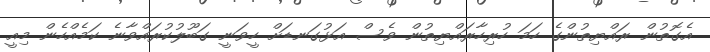
އެގޮތުން ރައްޔިތުންގެ ހަމަ ހުރިހާރައްޔިތުން ވެސް އަޅުގަނޑަށް ހީވަނީ ގަބޫލުކުރައްވާނެ ކަމެއްހެން މިއީ